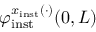
\varphi _ { \mathrm { i n s t } } ^ { x _ { \mathrm { i n s t } } ( \cdot ) } ( 0 , L )